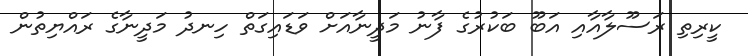
ކީރިތި ރަސޫލާއާއި އަބޫ ބަކުރުގެ ފާނު މަދީނާއަށް ވަޑައިގަތް ހިނދު މަދީނާގެ ރައްޔިތުން